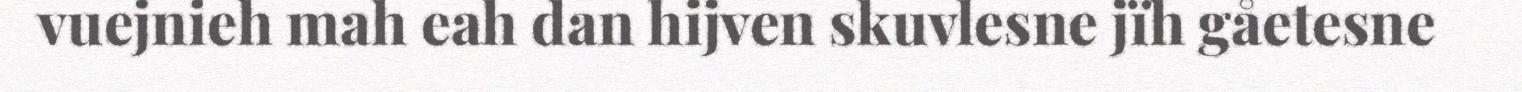
vuejnieh mah eah dan hijven skuvlesne jïh gåetesne